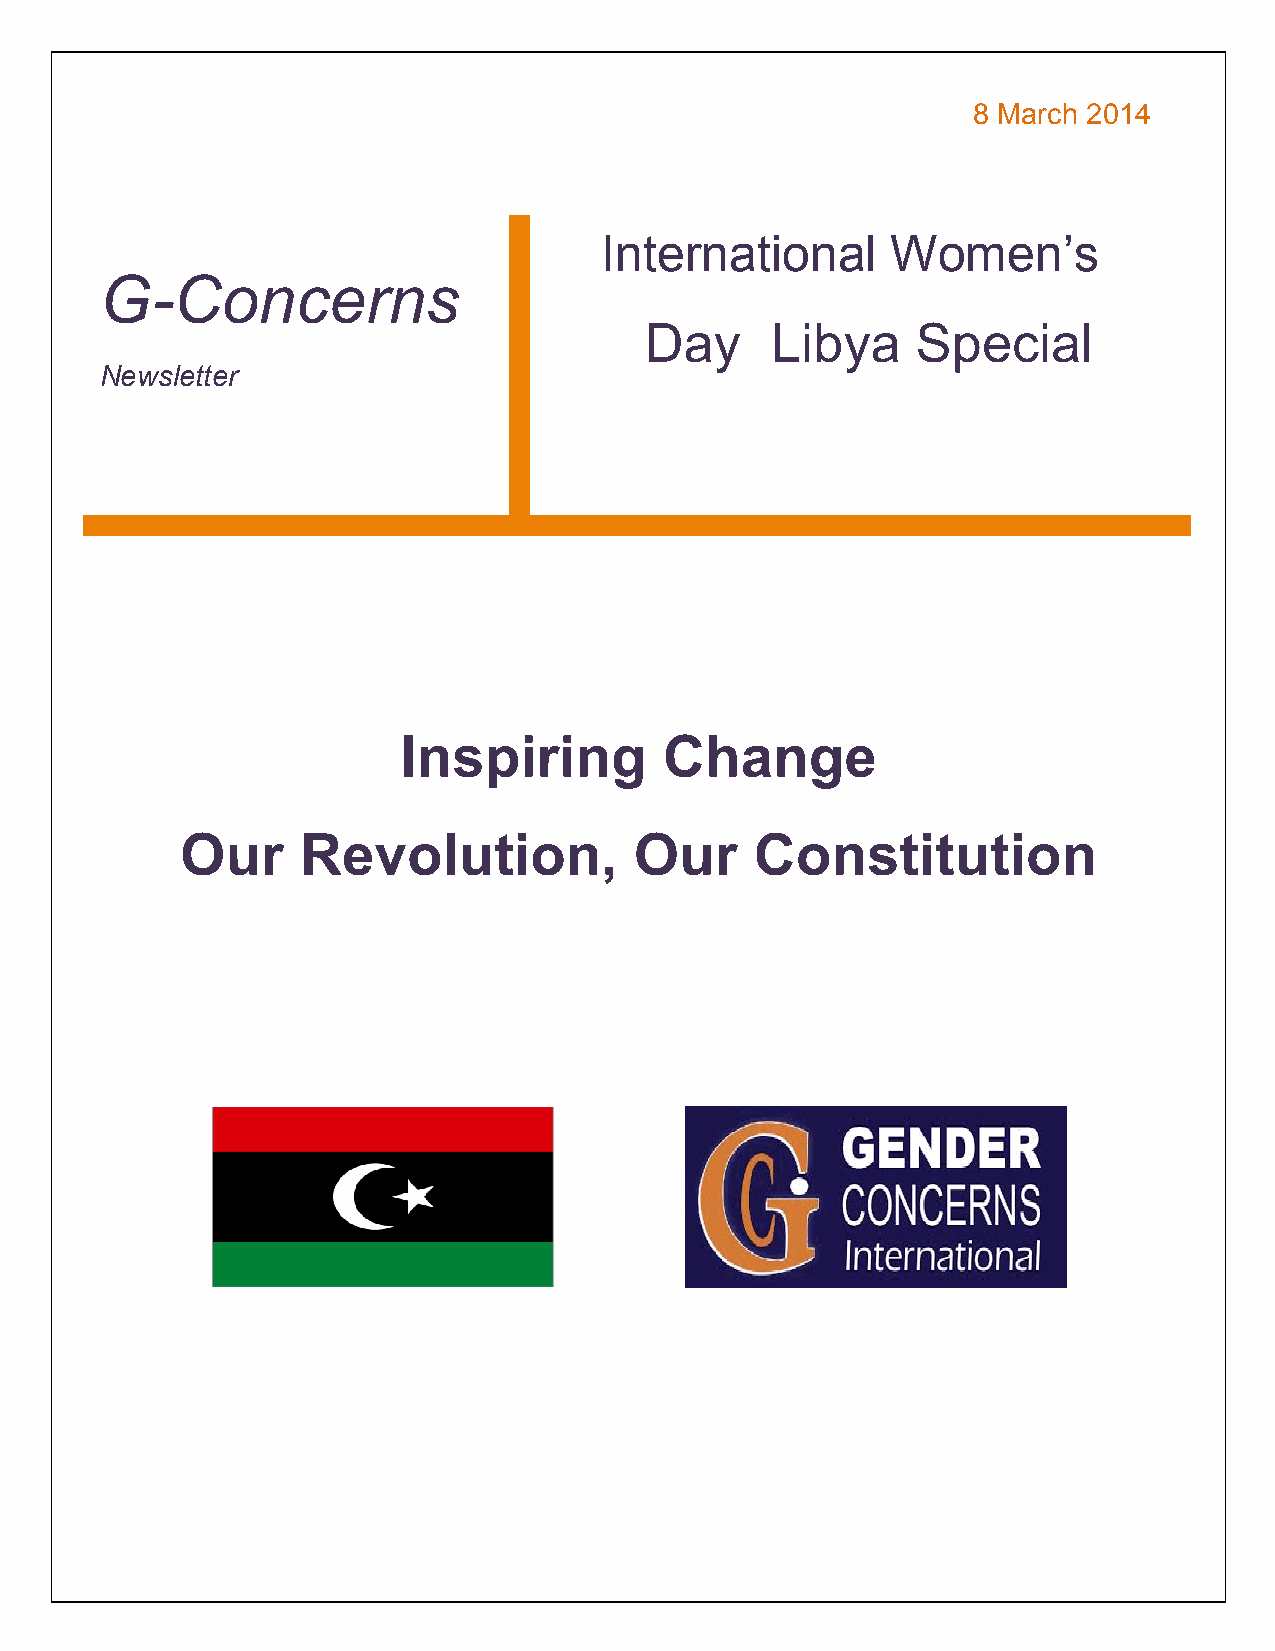
8 March 2014
 International      Women’s
 G-Concerns
 Day     Libya     Special
 Newsletter
 Inspiring        Change
 Our     Revolution,           Our     Constitution